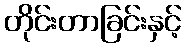
တိုင်းတာခြင်းနှင့်